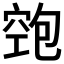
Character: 𱷃